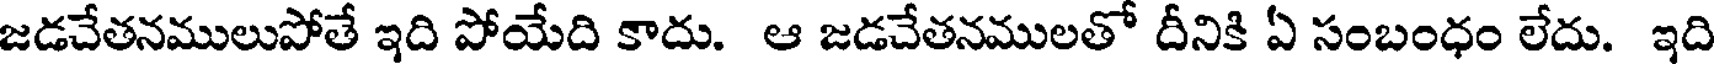
జడచేతనములుపోతే ఇది పోయేది కాదు. ఆ జడచేతనములతో దీనికి ఏ సంబంధం లేదు. ఇది